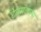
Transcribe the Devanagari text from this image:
टेक्सटाल्स